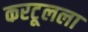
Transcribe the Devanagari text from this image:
करटूलला